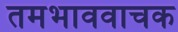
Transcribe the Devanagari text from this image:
तमभाववाचक